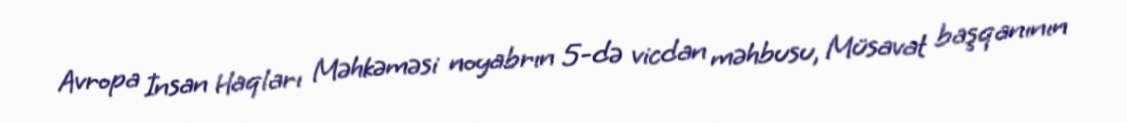
Avropa İnsan Haqları Məhkəməsi noyabrın 5-də vicdan məhbusu, Müsavat başqanının